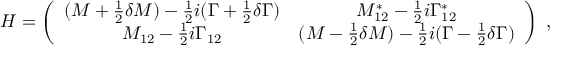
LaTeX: H = \left( \begin{array} { c c } { { ( M + { \frac { 1 } { 2 } } \delta M ) - { \frac { 1 } { 2 } } i ( \Gamma + { \frac { 1 } { 2 } } \delta \Gamma ) } } & { { M _ { 1 2 } ^ { * } - { \frac { 1 } { 2 } } i \Gamma _ { 1 2 } ^ { * } } } \\ { { M _ { 1 2 } - { \frac { 1 } { 2 } } i \Gamma _ { 1 2 } } } & { { ( M - { \frac { 1 } { 2 } } \delta M ) - { \frac { 1 } { 2 } } i ( \Gamma - { \frac { 1 } { 2 } } \delta \Gamma ) } } \end{array} \right) \ ,